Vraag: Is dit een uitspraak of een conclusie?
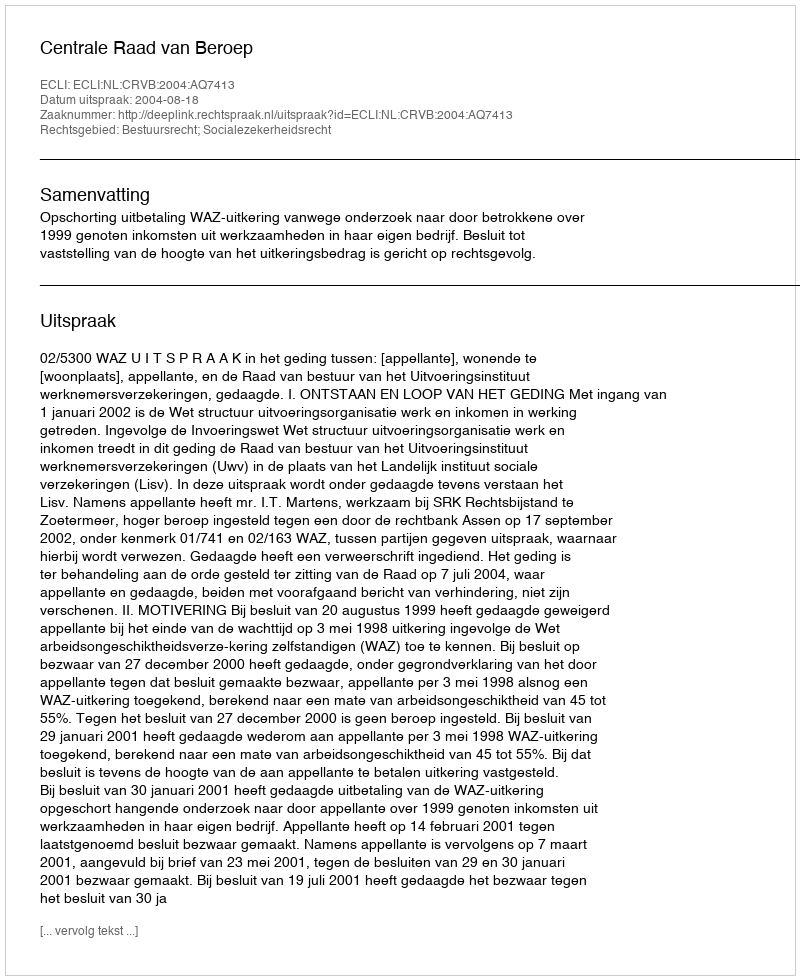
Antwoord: Uitspraak